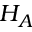
H _ { A }